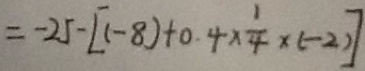
= - 2 5 - [ ( - 8 ) + 0 . 4 \times \frac { 1 } { 4 } \times ( - 2 ) ]